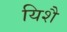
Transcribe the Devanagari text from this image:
यिशै